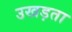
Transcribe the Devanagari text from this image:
उखड़ता